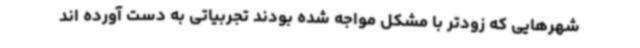
شهرهایی که زودتر با مشکل مواجه شده بودند تجربیاتی به دست آورده اند